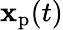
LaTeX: \mathbf{x}_{\mathrm{p}}(t)